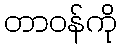
တာဝန်ကို